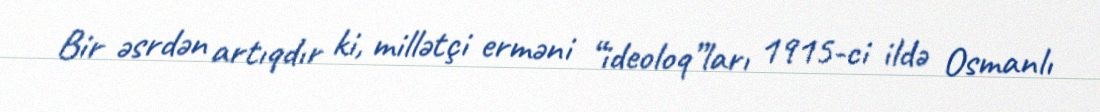
Bir əsrdən artıqdır ki, millətçi erməni “ideoloq”ları 1915-ci ildə Osmanlı